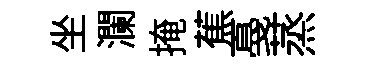
坐瀾掩蕉戞蒸